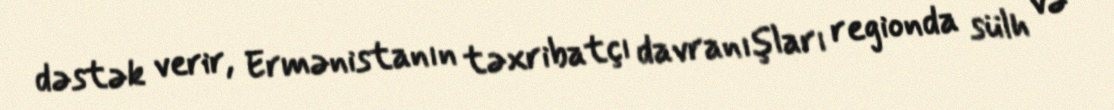
dəstək verir, Ermənistanın təxribatçı davranışları regionda sülh və